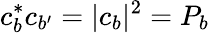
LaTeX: c_{b}^{*}c_{b^{\prime}}=|c_{b}|^{2}=P_{b}